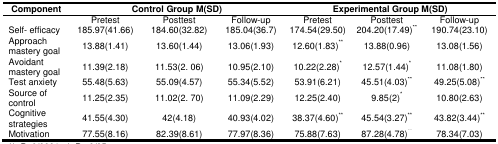
<table><thead><tr><td><b>Component</b></td><td colspan="3"><b>Control Group M(SD)</b></td><td colspan="3"><b>Experimental Group M(SD)</b></td></tr></thead><tbody><tr><td></td><td>Pretest</td><td>Posttest</td><td>Follow-up</td><td>Pretest</td><td>Posttest</td><td>Follow-up</td></tr><tr><td>Self- efficacy</td><td>185.97(41.66)</td><td>184.60(32.82)</td><td>185.04(36.7)</td><td>174.54(29.50)</td><td>204.20(17.49)**</td><td>190.74(23.10)</td></tr><tr><td>Approach mastery goal</td><td>13.88(1.41)</td><td>13.60(1.44)</td><td>13.06(1.93)</td><td>12.60(1.83)**</td><td>13.88(0.96)</td><td>13.08(1.56)</td></tr><tr><td>Avoidant mastery goal</td><td>11.39(2.18)</td><td>11.53(2. 06)</td><td>10.95(2.10)</td><td>10.22(2.28)*</td><td>12.57(1.44)*</td><td>11.08(1.80)</td></tr><tr><td>Test anxiety</td><td>55.48(5.63)</td><td>55.09(4.57)</td><td>55.34(5.52)</td><td>53.91(6.21)</td><td>45.51(4.03)**</td><td>49.25(5.08)**</td></tr><tr><td>Source of control</td><td>11.25(2.35)</td><td>11.02(2. 70)</td><td>11.09(2.29)</td><td>12.25(2.40)</td><td>9.85(2)*</td><td>10.80(2.63)</td></tr><tr><td>Cognitive strategies</td><td>41.55(4.30)</td><td>42(4.18)</td><td>40.93(4.02)</td><td>38.37(4.60)**</td><td>45.54(3.27)**</td><td>43.82(3.44)**</td></tr><tr><td>Motivation</td><td>77.55(8.16)</td><td>82.39(8.61)</td><td>77.97(8.36)</td><td>75.88(7.63)</td><td>87.28(4.78)**</td><td>78.34(7.03)</td></tr></tbody></table>